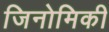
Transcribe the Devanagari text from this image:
जिनोमिकी